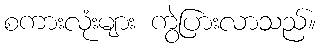
စကားလုံးများ ကွဲပြားလာသည်။